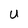
Character: U